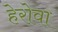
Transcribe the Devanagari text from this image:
हेरोवा